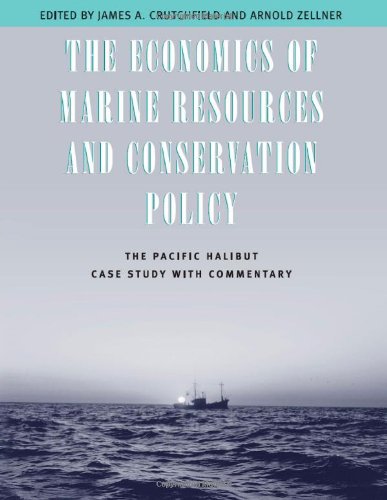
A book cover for The Economics of Marine Resources and Conservation Policy: The Pacific Halibut Case Study with Commentary; Science & Math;